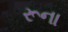
રૂના